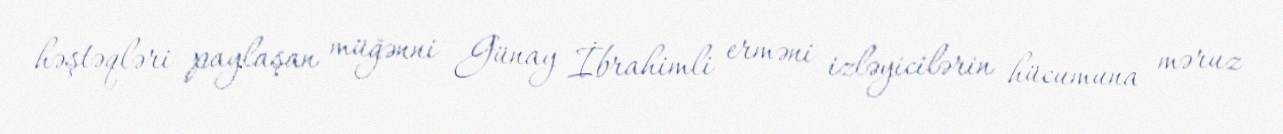
həştəqləri paylaşan müğənni Günay İbrahimli erməni izləyicilərin hücumuna məruz